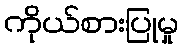
ကိုယ်စားပြုမှု